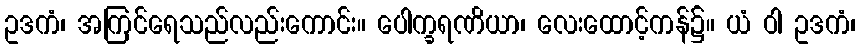
ဥဒကံ၊ အကြင်ရေသည်လည်းကောင်း။ ပေါက္ခရဏိယာ၊ လေးထောင့်ကန်၌။ ယံ ဝါ ဥဒကံ၊